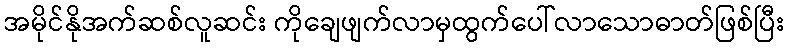
အမိုင်နိုအက်ဆစ်လူဆင်း ကိုချေဖျက်လာမှထွက်ပေါ်လာသောဓာတ်ဖြစ်ပြီး